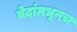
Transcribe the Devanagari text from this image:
वेदांमधूनच